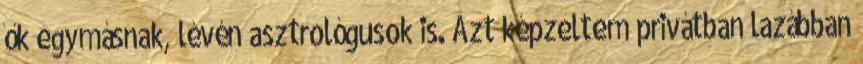
ők egymásnak, lévén asztrológusok is. Azt képzeltem privátban lazábban